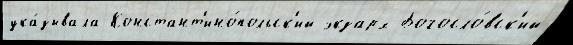
ука́зывала Констант'ино́польск'ий экзарх Богосло́вск'ий